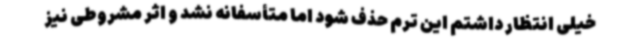
خیلی انتظار داشتم این ترم حذف شود اما متأسفانه نشد و اثر مشروطی نیز